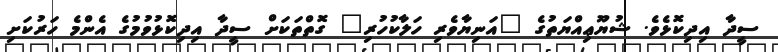
ސީދާ އިދިކޮޅެވެ. ޝުޔޫޢިއްޔަތުގެ "އަނިޔާވެރި ހަލާކުހުރި" ގޮތްތަކަށް ސީދާ އިދިކޮޅުވުމުގެ އެންމެ ހަރުކަށި